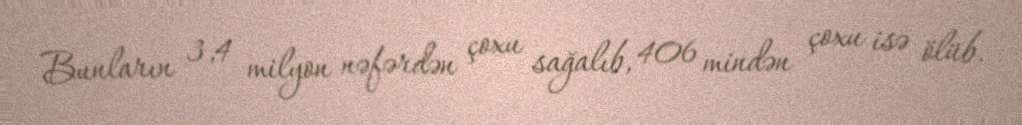
Bunların 3,4 milyon nəfərdən çoxu sağalıb, 406 mindən çoxu isə ölüb.